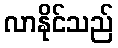
လာနိုင်သည်